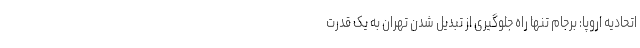
اتحادیه اروپا: برجام تنها راه جلوگیری از تبدیل شدن تهران به یک قدرت